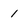
Character: 1